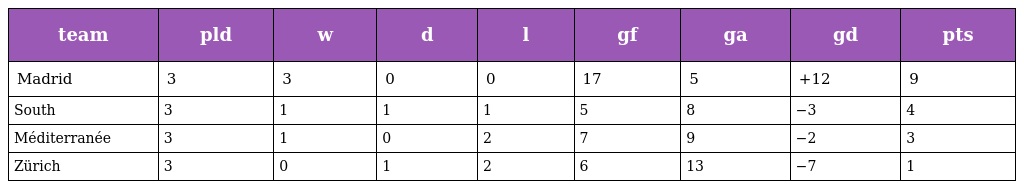
| team | pld | w | d | l | gf | ga | gd | pts |
 | --- | --- | --- | --- | --- | --- | --- | --- | --- |
 | Madrid | 3 | 3 | 0 | 0 | 17 | 5 | +12 | 9 |
 | South | 3 | 1 | 1 | 1 | 5 | 8 | −3 | 4 |
 | Méditerranée | 3 | 1 | 0 | 2 | 7 | 9 | −2 | 3 |
 | Zürich | 3 | 0 | 1 | 2 | 6 | 13 | −7 | 1 |